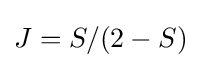
J=S/(2-S)